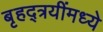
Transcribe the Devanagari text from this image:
बृहद्त्रयींमध्ये